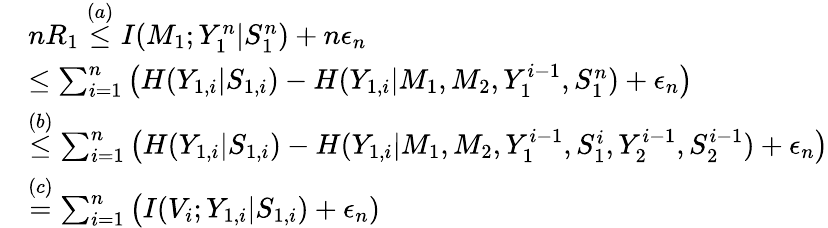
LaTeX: \begin{array}{rl}&{nR_{1}\overset{(a)}{\leq}I(M_{1};Y_{1}^{n}|S_{1}^{n})+n\epsilon_{n}}\\ &{\leq\sum_{i=1}^{n}\big(H(Y_{1,i}|S_{1,i})-H(Y_{1,i}|M_{1},M_{2},Y_{1}^{i-1},S_{1}^{n})+\epsilon_{n}\big)}\\ &{\overset{(b)}{\leq}\sum_{i=1}^{n}\big(H(Y_{1,i}|S_{1,i})-H(Y_{1,i}|M_{1},M_{2},Y_{1}^{i-1},S_{1}^{i},Y_{2}^{i-1},S_{2}^{i-1})+\epsilon_{n}\big)}\\ &{\overset{(c)}{=}\sum_{i=1}^{n}\big(I(V_{i};Y_{1,i}|S_{1,i})+\epsilon_{n})}\end{array}